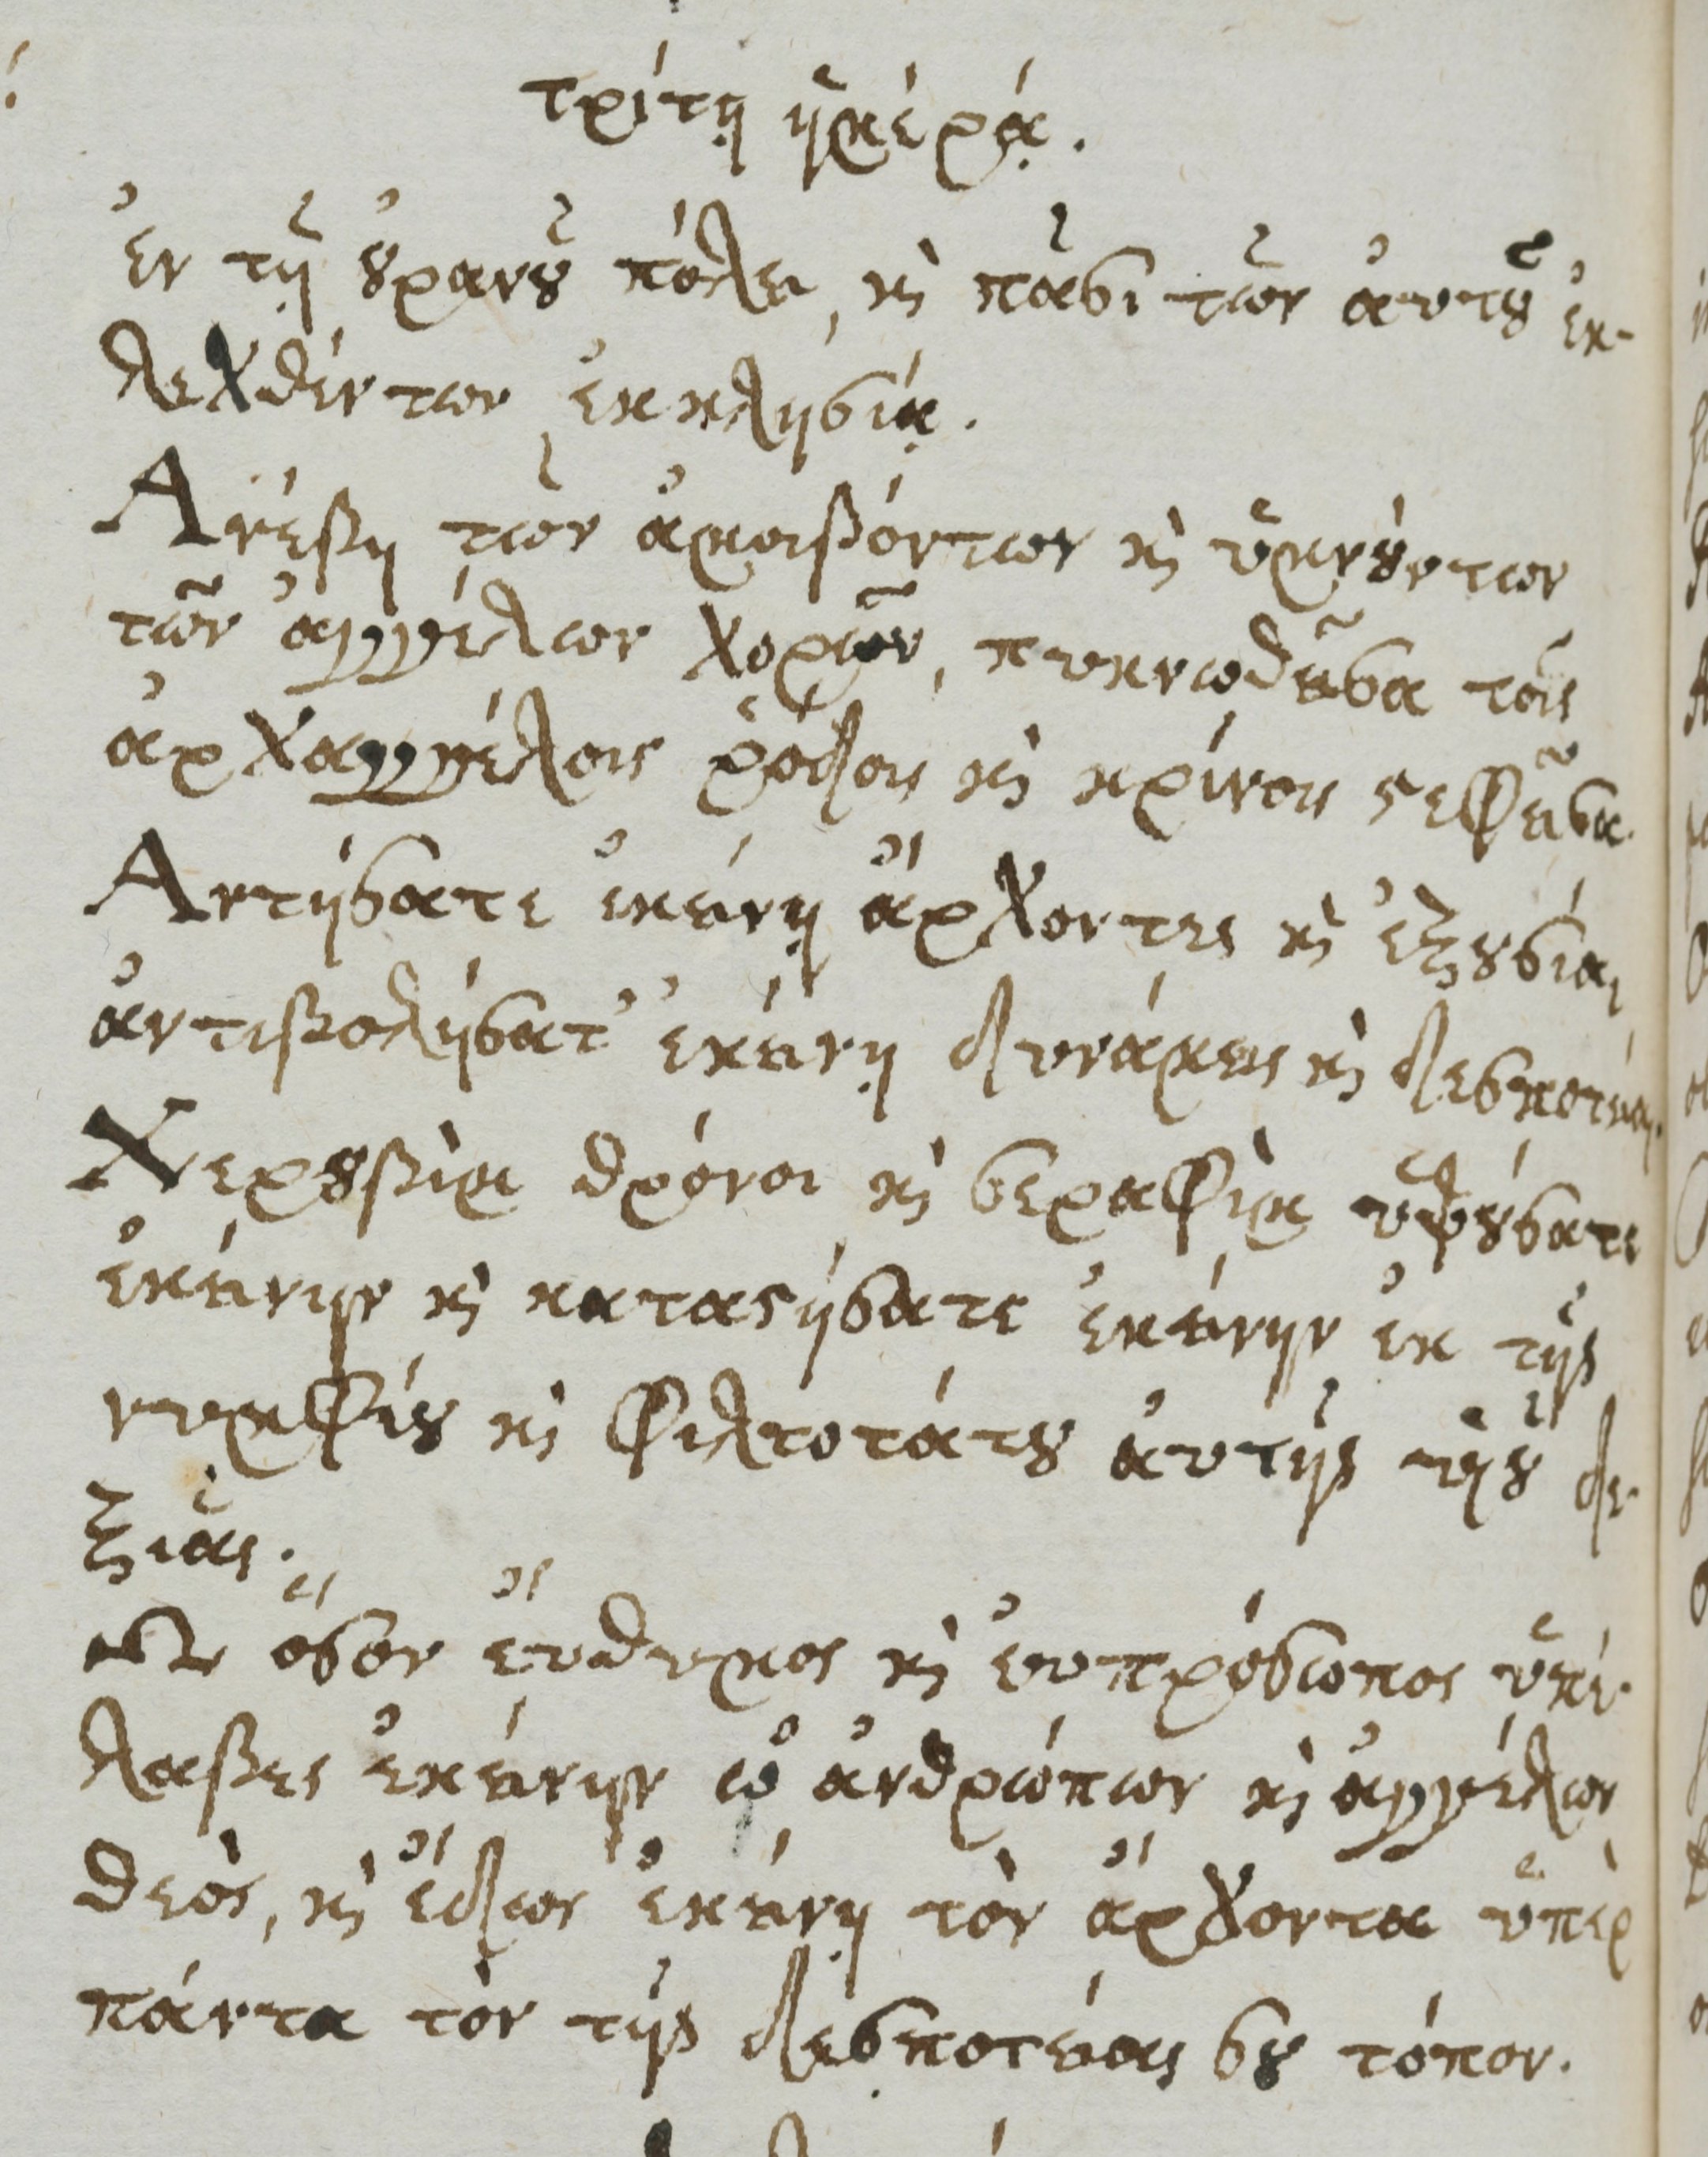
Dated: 1661–1661